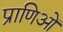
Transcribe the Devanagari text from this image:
प्राणिओं